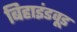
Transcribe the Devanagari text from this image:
बिहाइंडवूड